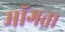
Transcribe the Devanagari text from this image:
माॅगता